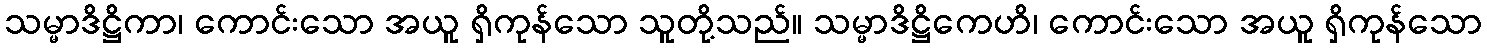
သမ္မာဒိဋ္ဌိကာ၊ ကောင်းသော အယူ ရှိကုန်သော သူတို့သည်။ သမ္မာဒိဋ္ဌိကေဟိ၊ ကောင်းသော အယူ ရှိကုန်သော